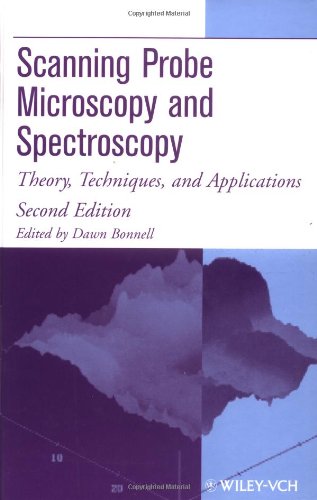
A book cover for Scanning Probe Microscopy and Spectroscopy: Theory, Techniques, and Applications; Science & Math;